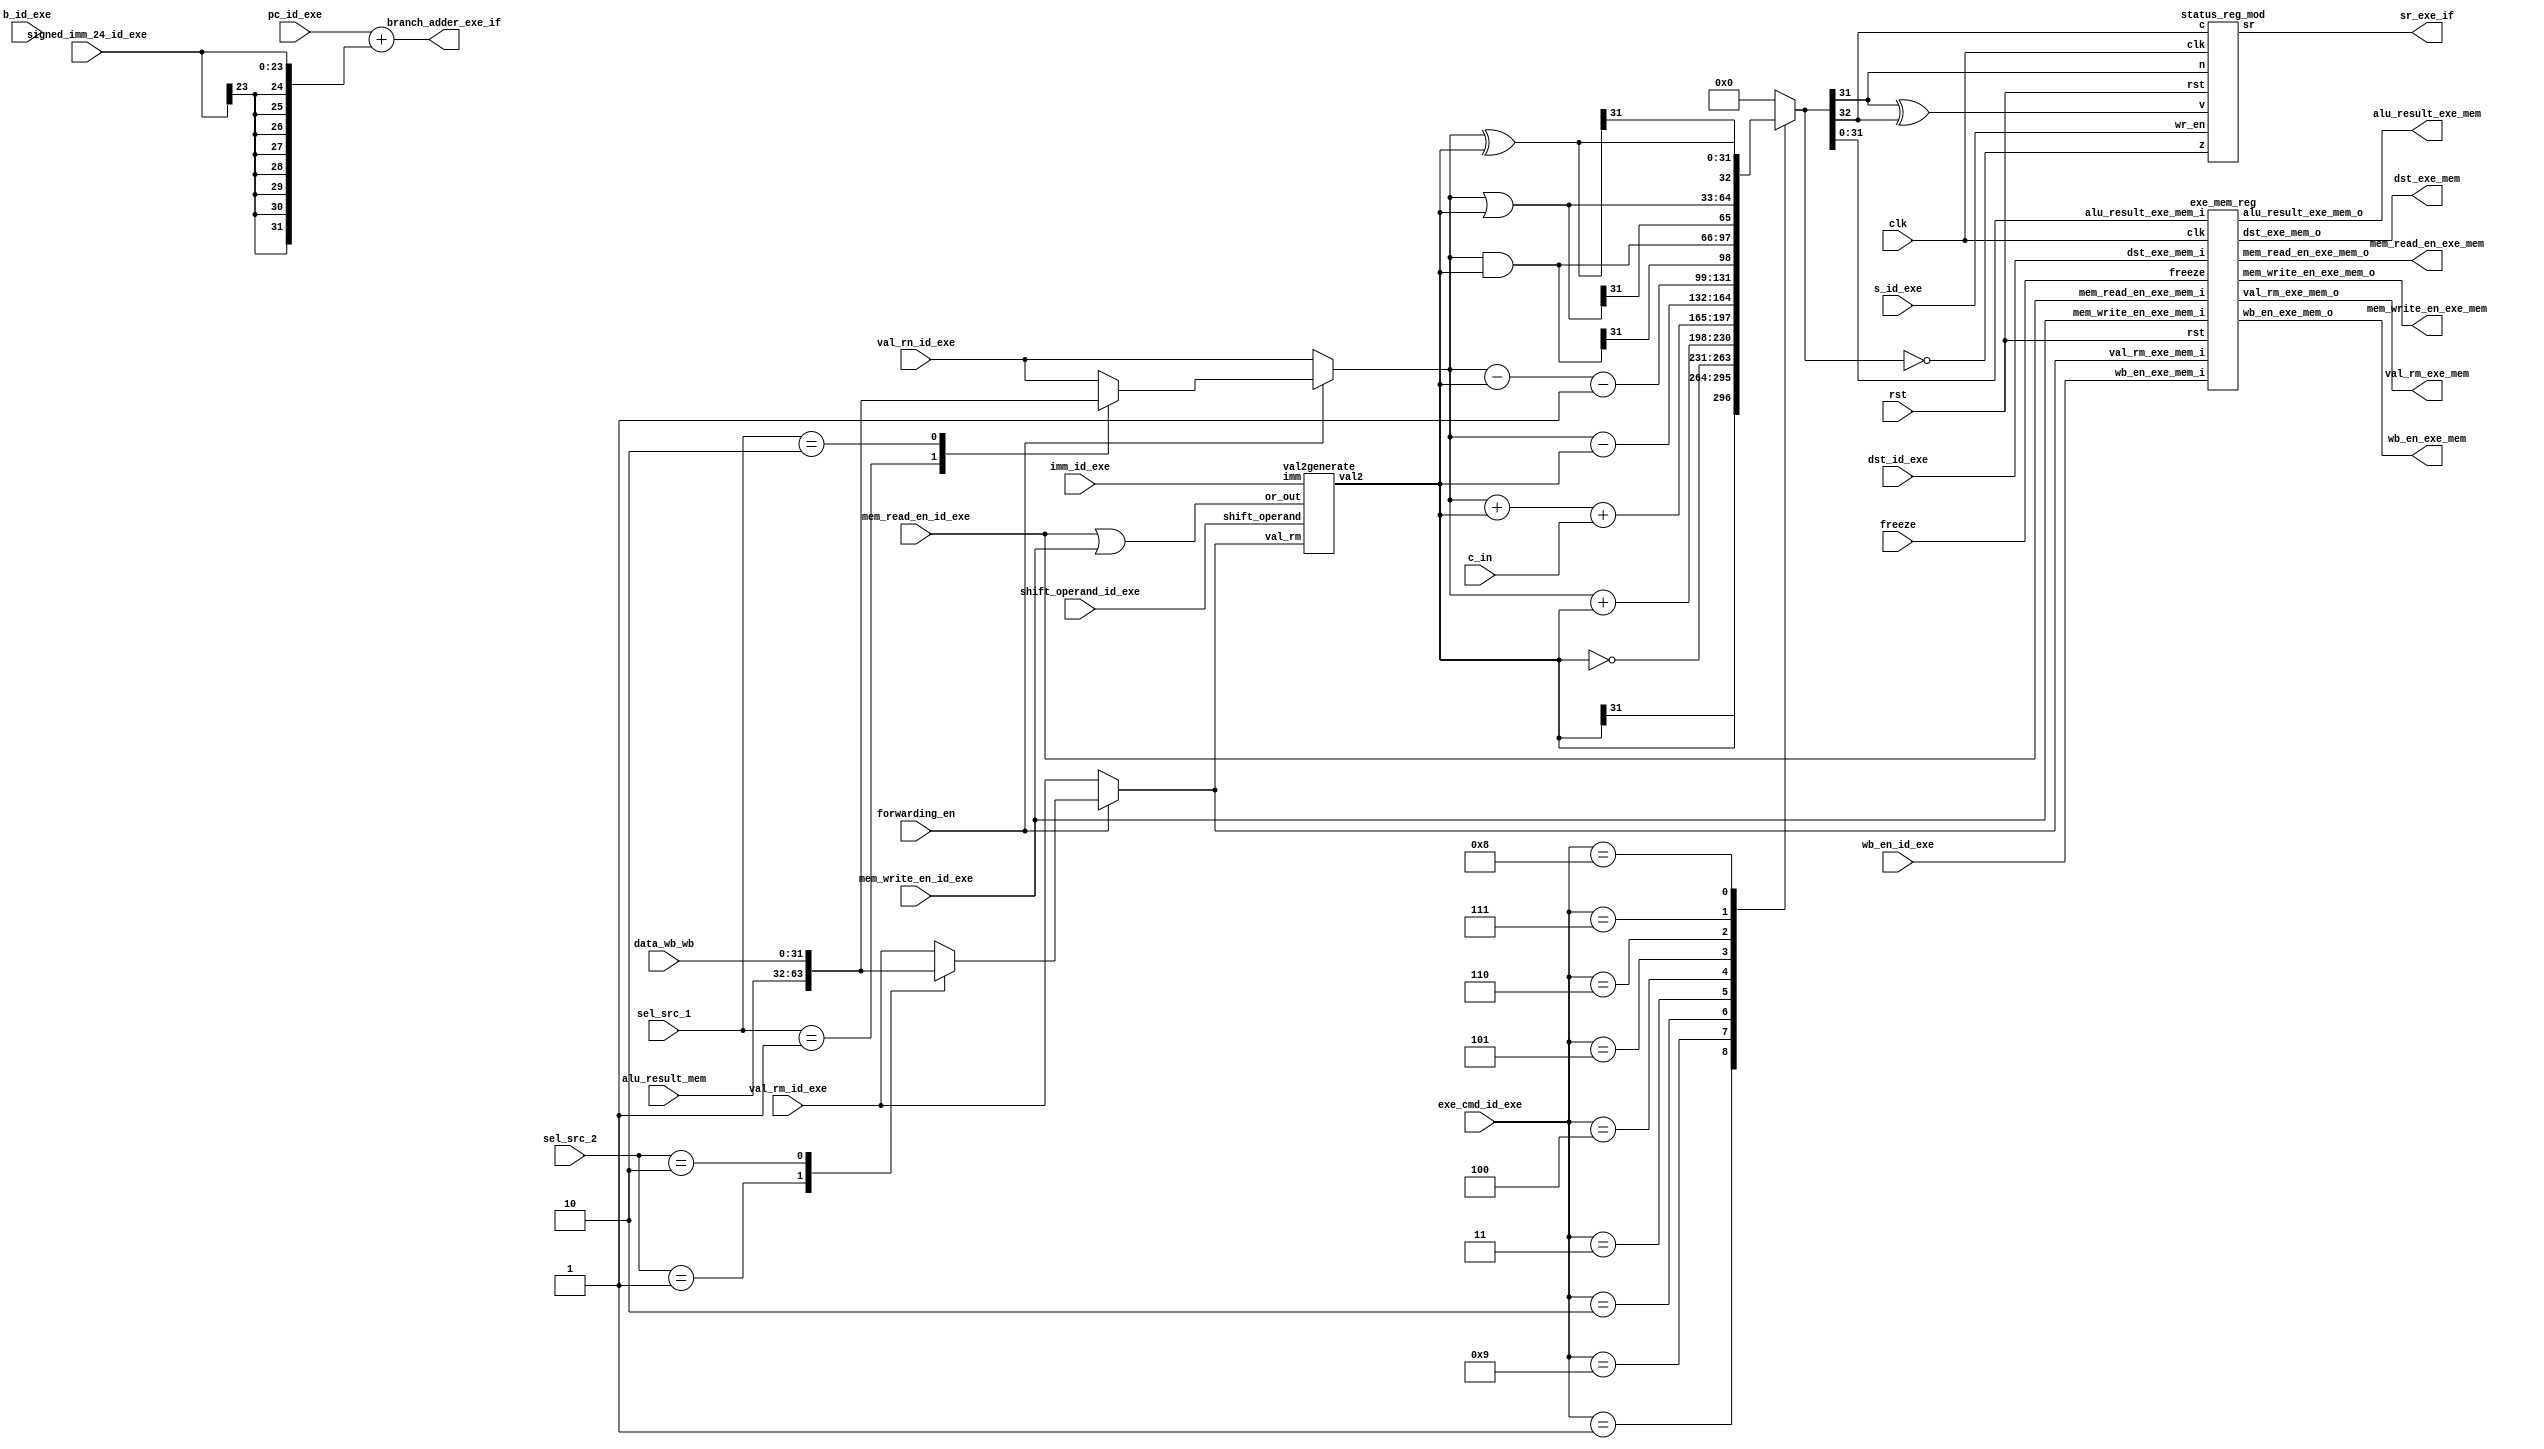
module exe_stage
(
	output wb_en_exe_mem,
	output mem_read_en_exe_mem,
	output mem_write_en_exe_mem,
	output [31:0] alu_result_exe_mem,
	output [31:0] val_rm_exe_mem,
	output [31:0] branch_adder_exe_if,
	output [3:0] dst_exe_mem,
	output[3:0] sr_exe_if,

	input c_in,
	input wb_en_id_exe,
	input mem_read_en_id_exe,
	input mem_write_en_id_exe,
	input b_id_exe,
	input s_id_exe,
	input[31:0] val_rn_id_exe,
	input[31:0] pc_id_exe,
	input[31:0] val_rm_id_exe,
	input[31:0] alu_result_mem,
	input[31:0] data_wb_wb,
	input imm_id_exe, 
	input[11:0] shift_operand_id_exe,
	input[23:0] signed_imm_24_id_exe,
	input[1:0] sel_src_1,
	input[1:0] sel_src_2,
	input[3:0] exe_cmd_id_exe,
	input[3:0] dst_id_exe,
	input forwarding_en,
	input freeze,
	input clk,
	input rst
);
	localparam mov_a = 4'b0001 ;
	localparam mvn_a = 4'b1001 ;
	localparam add_a = 4'b0010 ;
	localparam adc_a = 4'b0011 ;
	localparam sub_a = 4'b0100 ;
	localparam sbc_a = 4'b0101 ;
	localparam and_a = 4'b0110 ;
	localparam orr_a = 4'b0111 ;
	localparam eor_a = 4'b1000 ;
	localparam cmp_a = 4'b0100 ; //same as sub_a
	localparam tst_a = 4'b0110 ; //same as and_a
	localparam ldr_a = 4'b0010 ; //same as add_a
	localparam str_a = 4'b0010 ; //same as add_a

	wire or_out;
	wire signed [31:0] val_1, val_2;
	wire [31:0] signed_extend_imm;
	reg[31:0] src_1_mux_out;
	reg[31:0] src_2_mux_out;
	reg [32:0] alu_result;
	wire n, z, c, v;
	assign val_1 = src_1_mux_out;	


	always @(*) begin // src_1_mux
		if(forwarding_en == 1'b0)
			src_1_mux_out = val_rn_id_exe;
		else begin
			case(sel_src_1) 
				2'd0 :
					src_1_mux_out = val_rn_id_exe;
				2'd1 :
					src_1_mux_out = alu_result_mem;
				2'd2 :
					src_1_mux_out = data_wb_wb;
				default :
					src_1_mux_out = val_rn_id_exe;
			endcase
		end
	end


	always @(*) begin // src_2_mux
		if(forwarding_en == 1'b0)
			src_2_mux_out = val_rm_id_exe;
		else begin
			case(sel_src_2) 
				2'd0 :
					src_2_mux_out = val_rm_id_exe;
				2'd1 :
					src_2_mux_out = alu_result_mem;
				2'd2 :
					src_2_mux_out = data_wb_wb;
				default :
					src_2_mux_out = val_rm_id_exe;
			endcase
		end
	end

	//wire[33:0] result_sub;
	//wire cin_sub;
	//assign cin_sub = (exe_cmd_id_exe == sub_a) ? 1'b1 : 1'b0;
	//assign result_sub = {val_1, cin_sub} + {~val_2, cin_sub};

	always @(*) begin
		case (exe_cmd_id_exe) //synthesis parallel_case
			mov_a : alu_result = val_2;
			mvn_a : alu_result = ~val_2;
			add_a : alu_result = val_1 + val_2;
			adc_a : alu_result = val_1 + val_2 + c_in;
			sub_a : alu_result = val_1 - val_2;
			sbc_a : alu_result = val_1 - val_2 - 1'b1;
			and_a : alu_result = val_1 & val_2;
			orr_a : alu_result = val_1 | val_2;
			eor_a : alu_result = val_1 ^ val_2;
			default: 
				alu_result = 33'd0;
		endcase
	end
	//evaluate_status_inputs
	assign n = alu_result[31];
	assign z = (alu_result == 33'd0);
	assign c = alu_result[32];
	assign v = (alu_result[31] ^ c);
	
	assign signed_extend_imm = {{8{signed_imm_24_id_exe[23]}}, signed_imm_24_id_exe};
	assign branch_adder_exe_if = pc_id_exe + signed_extend_imm;
	assign or_out = mem_read_en_id_exe | mem_write_en_id_exe;

	exe_mem_reg exe_mem_reg_instance
	(
	.wb_en_exe_mem_o(wb_en_exe_mem),
	.mem_read_en_exe_mem_o(mem_read_en_exe_mem),
	.mem_write_en_exe_mem_o(mem_write_en_exe_mem),
	.alu_result_exe_mem_o(alu_result_exe_mem),
	.val_rm_exe_mem_o(val_rm_exe_mem),
	.dst_exe_mem_o(dst_exe_mem),

	.wb_en_exe_mem_i(wb_en_id_exe),
	.mem_read_en_exe_mem_i(mem_read_en_id_exe),
	.mem_write_en_exe_mem_i(mem_write_en_id_exe),
    .alu_result_exe_mem_i(alu_result[31:0]),
	.val_rm_exe_mem_i(src_2_mux_out),
	.dst_exe_mem_i(dst_id_exe),
	.freeze(freeze),
	.clk(clk), 
	.rst(rst)
	);

	val2generate val2generate_instance
	(
	.val_rm(src_2_mux_out),
    .shift_operand(shift_operand_id_exe),
    .imm(imm_id_exe),
    .or_out(or_out),

    .val2(val_2)
	);
	status_reg_mod status_reg_instance
	(
		.sr(sr_exe_if),

		.wr_en(s_id_exe),
		.n(n), 
		.z(z), 
		.c(c), 
		.v(v), 
		.clk(clk), 
		.rst(rst)
	);



endmodule


module exe_mem_reg
(
	output reg wb_en_exe_mem_o,
	output reg mem_read_en_exe_mem_o,
	output reg mem_write_en_exe_mem_o,
	output reg [31:0] alu_result_exe_mem_o,
	output reg [31:0] val_rm_exe_mem_o,
	output reg [3:0] dst_exe_mem_o,

	input wb_en_exe_mem_i,
	input mem_read_en_exe_mem_i,
	input mem_write_en_exe_mem_i,
	input[31:0] alu_result_exe_mem_i,
	input[31:0] val_rm_exe_mem_i,
	input[3:0] dst_exe_mem_i,

	input freeze, clk, rst

);
	always @(posedge clk) begin
		if (rst == 1'b1) begin
			wb_en_exe_mem_o <= 1'b0;
			mem_write_en_exe_mem_o <= 1'b0;
			mem_read_en_exe_mem_o <= 1'b0;
		end
		else if(freeze != 1'b1) begin
			wb_en_exe_mem_o <= wb_en_exe_mem_i;
			mem_read_en_exe_mem_o <= mem_read_en_exe_mem_i;
			mem_write_en_exe_mem_o <= mem_write_en_exe_mem_i;
			alu_result_exe_mem_o <= alu_result_exe_mem_i;
			val_rm_exe_mem_o <= val_rm_exe_mem_i;
			dst_exe_mem_o <= dst_exe_mem_i;
		end
	end
endmodule


module val2generate
(
    input [31:0]val_rm,
    input [11:0]shift_operand,
    input imm,
    input or_out,
    output reg[31:0] val2
);


reg[63:0] temp;
reg[63:0] shifttemp;
wire[4:0] rotate_imm_mul_2;
assign rotate_imm_mul_2 = (shift_operand[11:8] << 1);

always @(*) begin
    temp = 64'd0;
	shifttemp = 64'd0;
	val2 = 32'd0;
    if(or_out == 1) begin
        val2 = {{20{shift_operand[11]}},shift_operand};
    end
    else if(imm == 1) begin
        val2 = {{24{1'b0}},shift_operand[7:0]};
        temp[63:32] = val2;
        shifttemp = temp >> rotate_imm_mul_2;
        val2 = (shifttemp[63:32] | shifttemp[31:0]);
    end
    else if(imm == 0 && shift_operand[4] == 0) begin
        case(shift_operand[6:5])
        	2'b00: val2 = val_rm << (shift_operand[11:7]);
        	2'b01: val2 = val_rm >> (shift_operand[11:7]);
        	2'b10: val2 = val_rm >>> (shift_operand[11:7]);
        	2'b11: begin
        		temp[63:32] = val_rm;
        		shifttemp = temp >> shift_operand[11:7];
        		val2 = (shifttemp[63:32] | shifttemp[31:0]);
        	end
        endcase
    end
end
endmodule 
module status_reg_mod
(
	output[3:0] sr,
	input wr_en ,n, z, c, v, clk, rst
);
	parameter N = 31;
	parameter Z = 30;
	parameter C = 29;
	parameter V = 28;
	reg[31:0] status_reg;
	always @(negedge clk) begin
		if(rst == 1'b1)
			status_reg <= 32'd0;
		else if(wr_en == 1'b1) begin
			status_reg[N] <= n;
			status_reg[Z] <= z;
			status_reg[C] <= c;
			status_reg[V] <= v;
		end
	end
	assign sr = status_reg[31:28];
endmodule